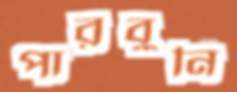
পারবুনি